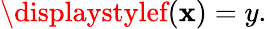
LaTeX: \displaystylef(\mathbf{x})=y.